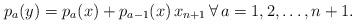
LaTeX: \begin{align*} p_{a}(y) = p_a(x)+p_{a-1}(x)\,x_{n+1}\,\forall\,a=1,2,\ldots,n+1.\end{align*}